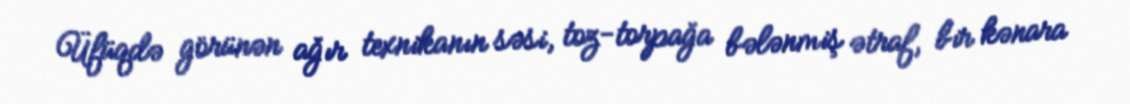
Üfüqdə görünən ağır texnikanın səsi, toz-torpağa bələnmiş ətraf, bir kənara